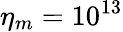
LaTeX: \eta_{m}=10^{13}